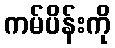
ကမ်ပိန်းကို